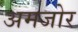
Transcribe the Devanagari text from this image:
अमजोर